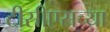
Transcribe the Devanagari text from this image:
टीसीएसच्या